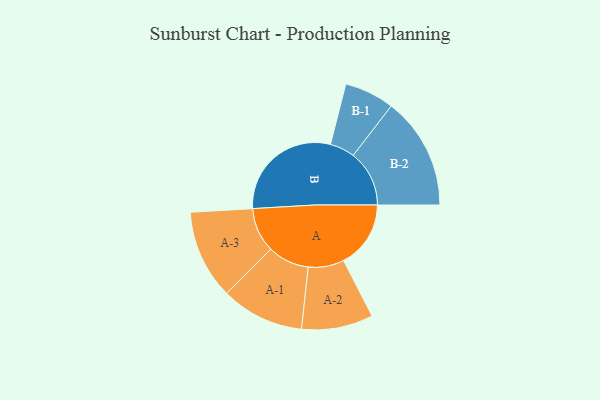
{"axis": {"x": "Segment", "y": "Value"}, "legend": ["", "A", "B"], "data": [{"x": "A", "y": 291, "type": ""}, {"x": "B", "y": 499, "type": ""}, {"x": "A-1", "y": 180, "type": "A"}, {"x": "A-2", "y": 155, "type": "A"}, {"x": "A-3", "y": 193, "type": "A"}, {"x": "B-1", "y": 108, "type": "B"}, {"x": "B-2", "y": 243, "type": "B"}]}